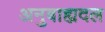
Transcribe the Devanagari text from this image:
अनुबाह्यदल